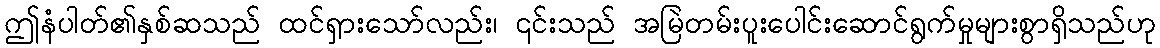
ဤနံပါတ်၏နှစ်ဆသည် ထင်ရှားသော်လည်း၊ ၎င်းသည် အမြဲတမ်းပူးပေါင်းဆောင်ရွက်မှုများစွာရှိသည်ဟု